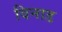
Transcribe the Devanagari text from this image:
विनाड